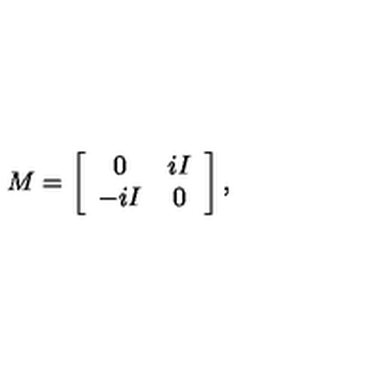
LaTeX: M = \left[ \begin{array} { c c } { 0 } & { i I } \\ { - i I } & { 0 } \\ \end{array} \right] ,